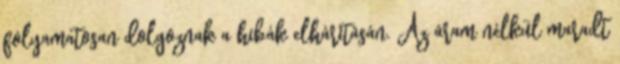
folyamatosan dolgoznak a hibák elhárításán. Az áram nélkül maradt